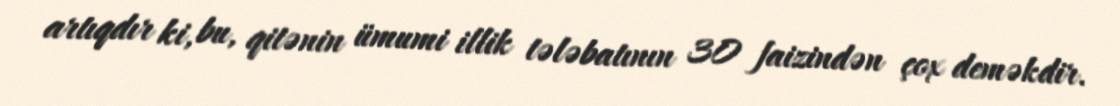
artıqdır ki, bu, qitənin ümumi illik tələbatının 30 faizindən çox deməkdir.